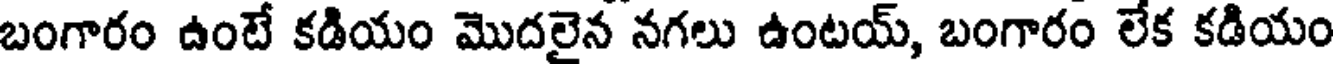
బంగారం ఉంటే కడియం మొదలైన నగలు ఉంటయ్, బంగారం లేక కడియం